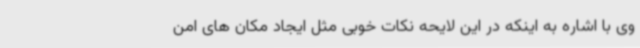
وی با اشاره به اینکه در این لایحه نکات خوبی مثل ایجاد مکان های امن